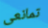
تمانعى